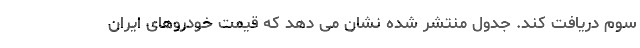
سوم دریافت کند. جدول منتشر شده نشان می دهد که قیمت خودروهای ایران